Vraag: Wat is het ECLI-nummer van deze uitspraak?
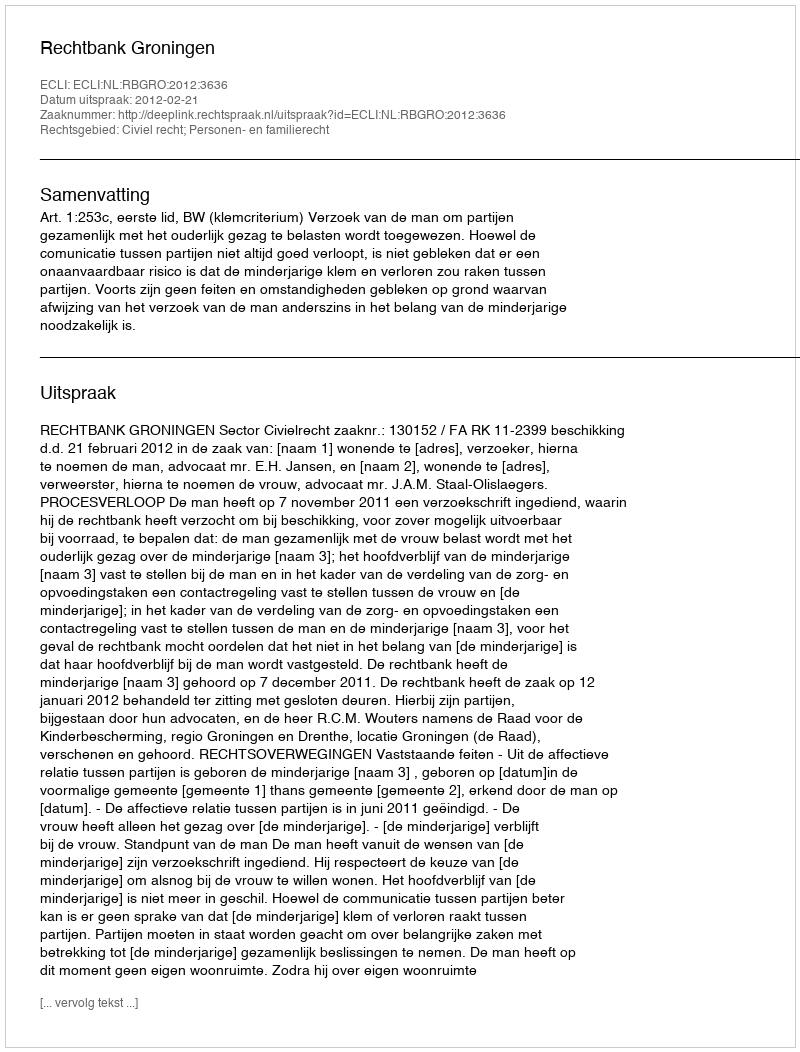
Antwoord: ECLI:NL:RBGRO:2012:3636